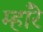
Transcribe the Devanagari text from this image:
म्हाँरे